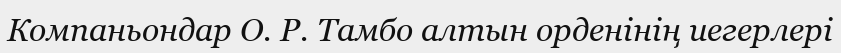
Компаньондар О. Р. Тамбо алтын орденінің иегерлері